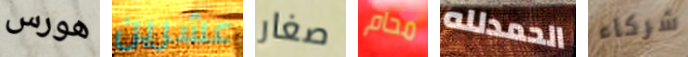
هورس عشرين صغار محام الحمدلله شركاء